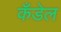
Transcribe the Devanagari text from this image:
कँडेल